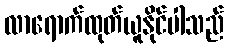
လာရောက်ထုတ်ယူနိုင်ပါသည်